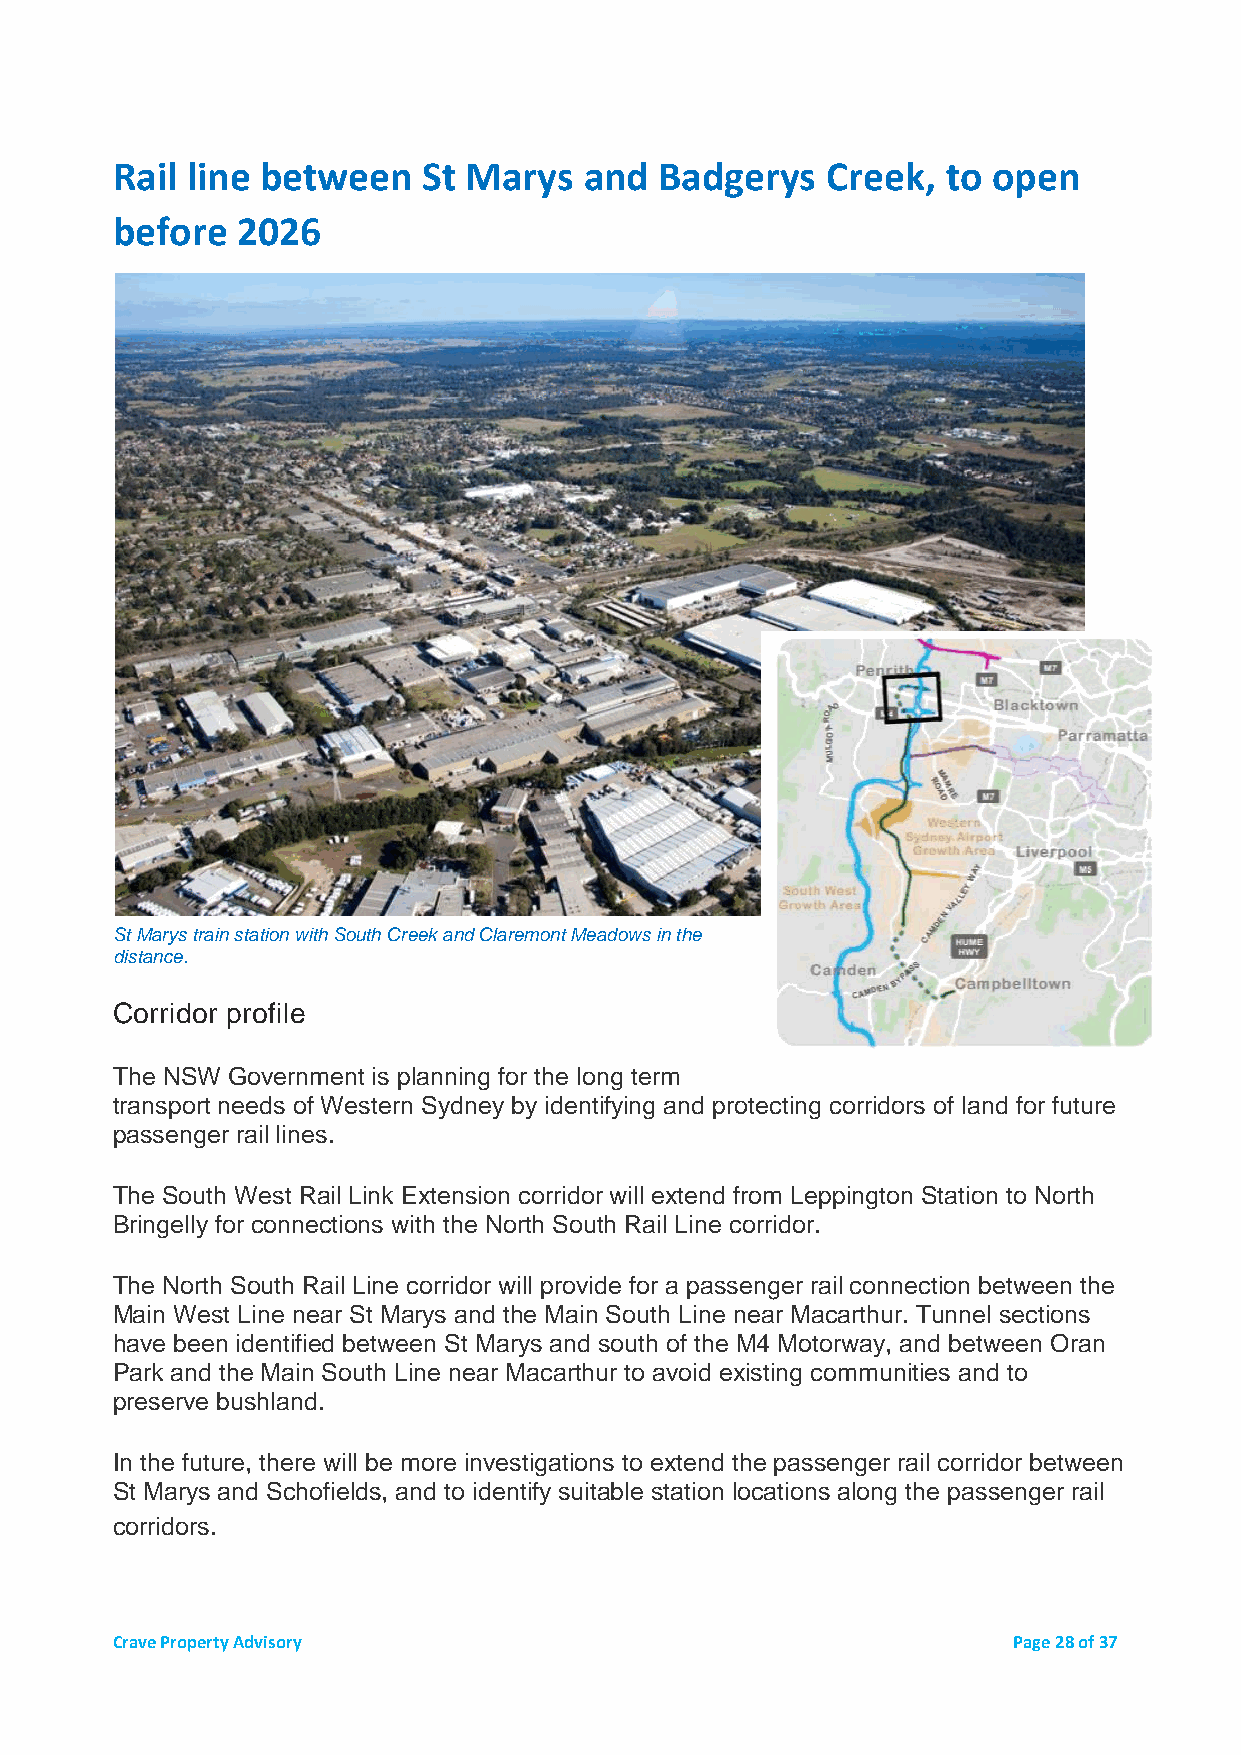
Rail line between    St Marys   and  Badgerys   Creek,  to open
 before   2026
 St Marys train station with South Creek and Claremont Meadows in the
 distance.
 Corridor profile
 The NSW Government is planning for the long term
 transport needs of Western Sydney by identifying and protecting corridors of land for future
 passenger rail lines.
 The South West Rail Link Extension corridor will extend from Leppington Station to North
 Bringelly for connections with the North South Rail Line corridor.
 The North South Rail Line corridor will provide for a passenger rail connection between the
 Main West Line near St Marys and the Main South Line near Macarthur. Tunnel sections
 have been identified between St Marys and south of the M4 Motorway, and between Oran
 Park and the Main South Line near Macarthur to avoid existing communities and to
 preserve bushland.
 In the future, there will be more investigations to extend the passenger rail corridor between
 St Marys and Schofields, and to identify suitable station locations along the passenger rail
 corridors.
 Crave Property Advisory                                     Page 28 of 37